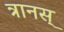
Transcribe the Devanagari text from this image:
त्रानस्